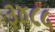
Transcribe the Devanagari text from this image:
३४८५